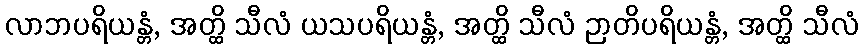
လာဘပရိယန္တံ, အတ္ထိ သီလံ ယသပရိယန္တံ, အတ္ထိ သီလံ ဉာတိပရိယန္တံ, အတ္ထိ သီလံ